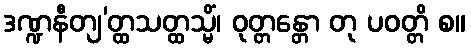
ဒဏ္ဍနီတျ’တ္ထသတ္ထသ္မိံ၊ ဝုတ္တန္တော တု ပဝတ္တိ စ။